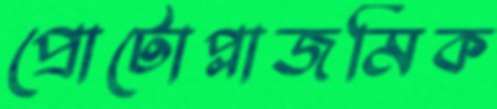
প্রোটোপ্লাজমিক